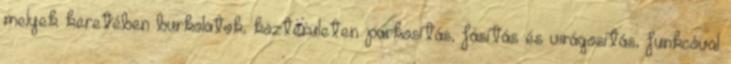
melyek keretében burkolatok, közterületen parkosítás, fásítás és virágosítás, funkcóval